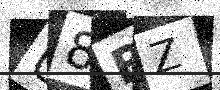
Text: U8RZ